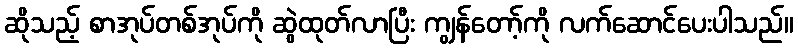
ဆိုသည့် စာအုပ်တစ်အုပ်ကို ဆွဲထုတ်လာပြီး ကျွန်တော့်ကို လက်ဆောင်ပေးပါသည်။